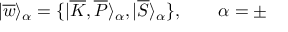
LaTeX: | \overline { { { w } } } \rangle _ { \alpha } = \{ | \overline { { { K } } } , \overline { { { P } } } \rangle _ { \alpha } , | \overline { { { S } } } \rangle _ { \alpha } \} , \qquad \alpha = \pm